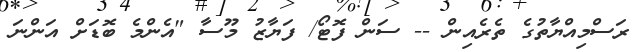
ރަސްމިއްޔާތުގެ ތެރެއިން -- ސަން ފޮޓޯ/ ފަޔާޒު މޫސާ "އެންމެ ބޮޑަށް އަންނަ